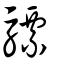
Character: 驃